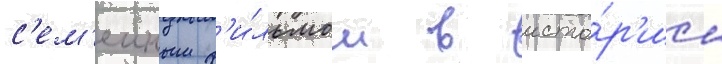
с'ем'еиным ф'и́льмом в исто́р'ии